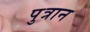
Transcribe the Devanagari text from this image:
पुत्रान